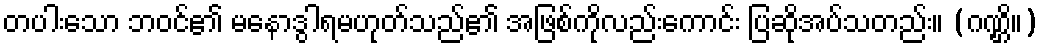
တပါးသော ဘဝင်၏ မနောဒွါရမဟုတ်သည်၏ အဖြစ်ကိုလည်းကောင်း ပြဆိုအပ်သတည်း။ (ဂဏ္ဌိ။)